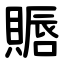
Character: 䞅